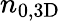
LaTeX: n_{0,\mathrm{{3D}}}